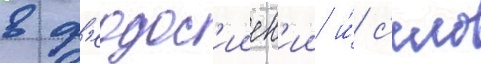
в ф'еодос'ииск'ии и́ с'ело